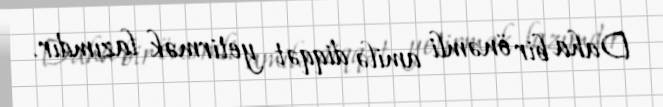
Daha bir önəmli amilə diqqət yetirmək lazımdır.